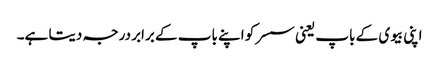
اپنی بیوی کے باپ یعنی سسر کو اپنے باپ کے برابر درجہ دیتا ہے۔